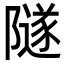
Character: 隧